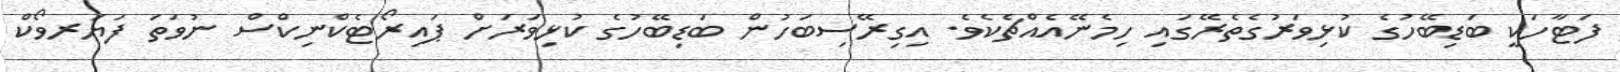
ފަޓާހަކީ ބަޑިބޭހުގެ ކުޅިވަރުގެތެރޭގައި ހިމެނޭއެއްޗެކެވެ. އިގިރޭސިބަހުން ބަޑިބޭހުގެ ކުޅިވަރަށް ޕައިރޯޓެކްނިކްސް ނުވަތަ ފަޔަރވޯކް